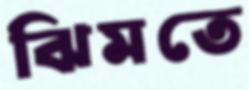
ঝিমতে